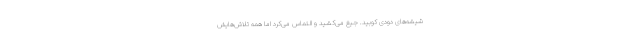
شیشه‌های دودی کوبید. جیغ می‌کشید و التماس می‌کرد اما همه تلاش‌هایش